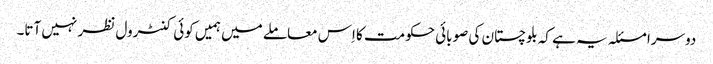
دوسرا مسئلہ یہ ہے کہ بلوچستان کی صوبائی حکومت کا اِس معاملے میں ہمیں کوئی کنٹرول نظر نہیں آتا۔